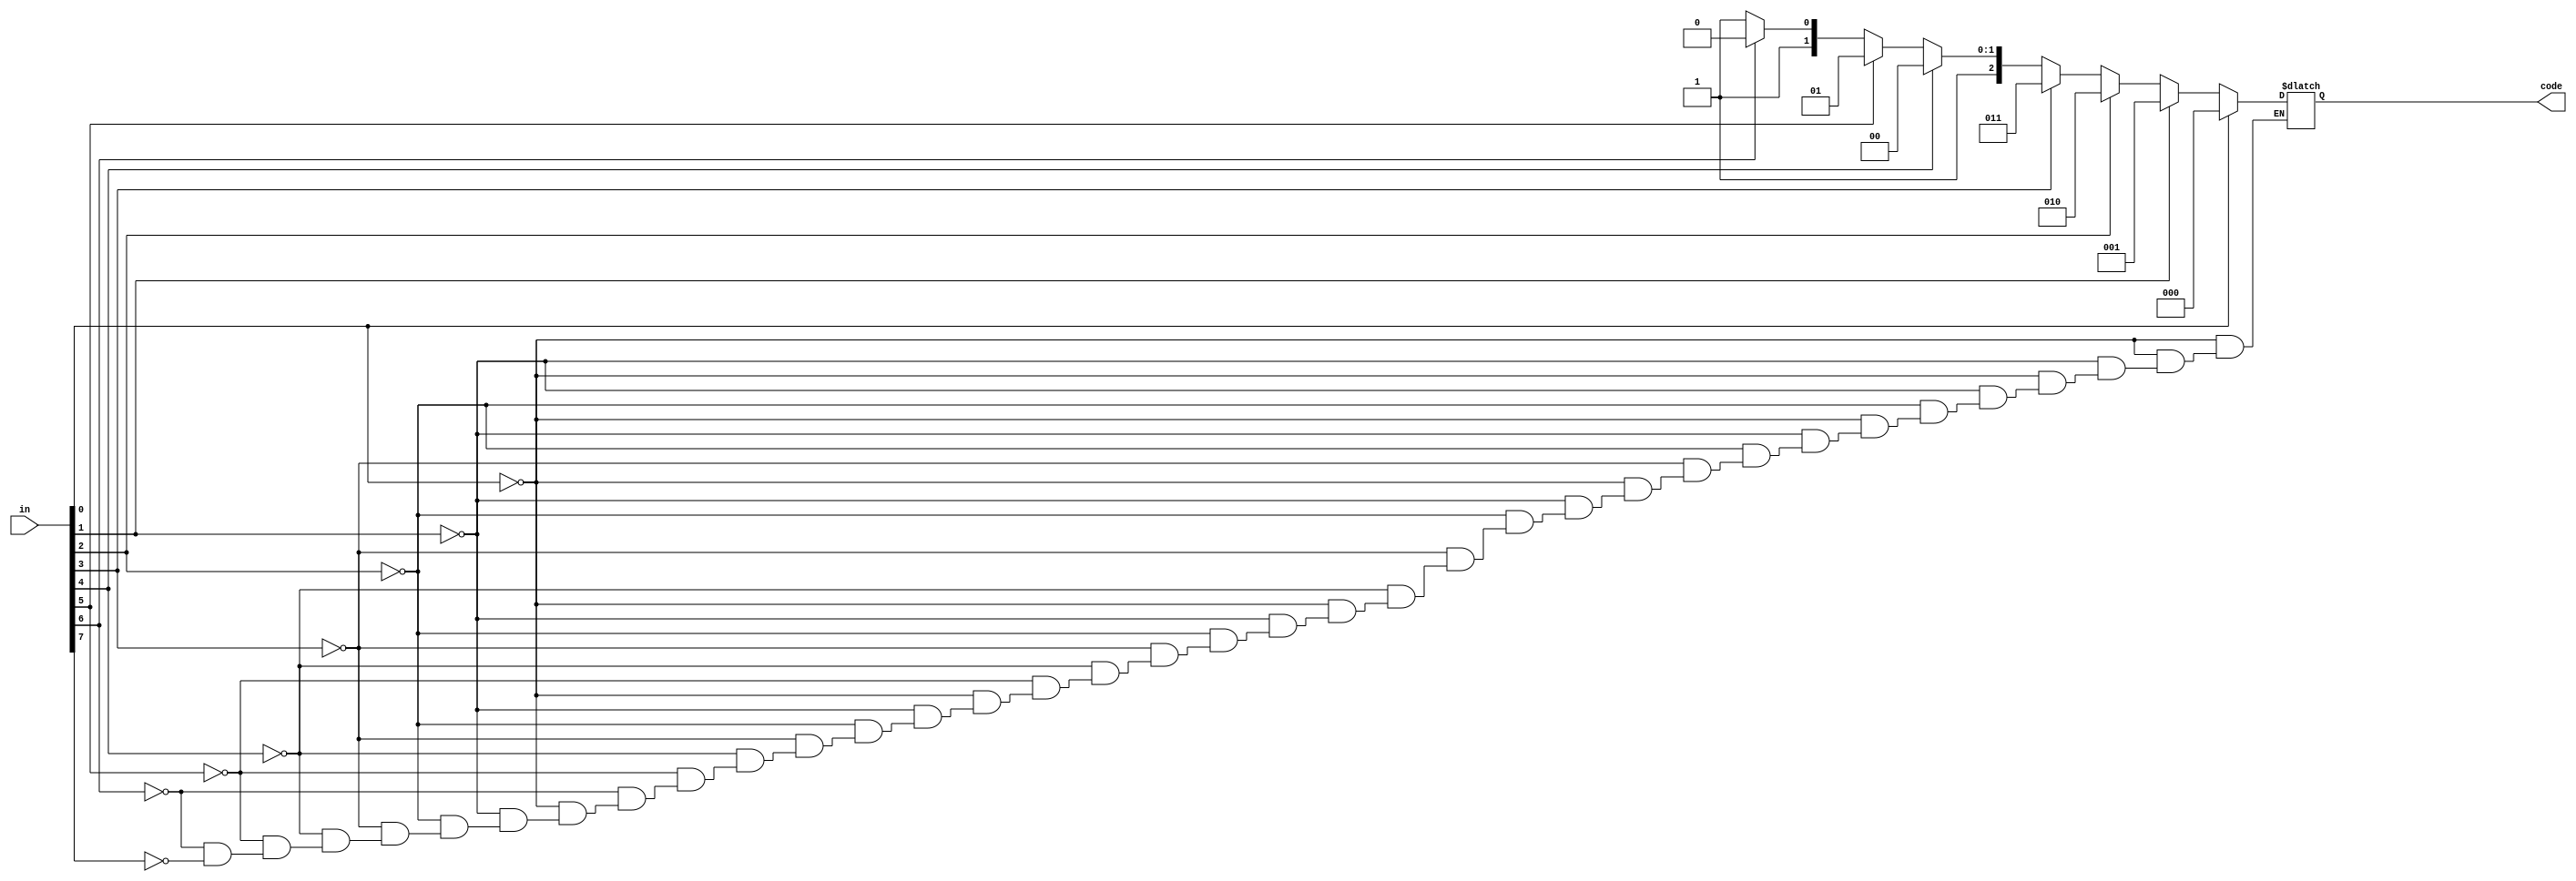
`timescale 1ns / 1ps
//////////////////////////////////////////////////////////////////////////////////
// Company: 
// Engineer: 
// 
// Design Name: 
// Module Name: priority_encoder
// Project Name: 
// Target Devices: 
// Tool Versions: 
// Description: 
// 
// Dependencies: 
// 
// Revision:
// Revision 0.01 - File Created
// Additional Comments:
// 
//////////////////////////////////////////////////////////////////////////////////


module priority_encoder(in , code);
    input[7:0]in;
    output reg[2:0]code;
    
        always@(in)
            begin
                 if (in[0])code=3'b000;
            else if (in[1])code=3'b001;
            else if (in[2])code=3'b010;
            else if (in[3])code=3'b011;
            else if (in[4])code=3'b100;
            else if (in[5])code=3'b101;
            else if (in[6])code=3'b110;
            else if (in[7])code=3'b111;
           end
endmodule